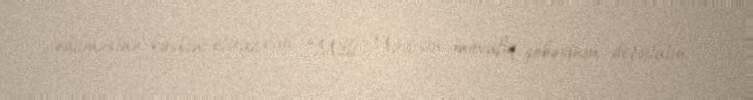
edilməsinə kəskin etiraz etdi: “Milli Məclisin müvafiq şöbəsinin deputatın